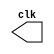
// ---------------------------
// -- test clock generator (2)
// ---------------------------

//`include "clock.v"

module clock ( clk );
 output clk;
 reg    clk;

 initial
  begin
   clk = 1'b0;
  end

 always
  begin
   #12 clk = ~clk;
  end
endmodule

module pulse ( signal, clock );
 input  clock;
 output signal;
 reg    signal;

 always @ ( posedge clock )
  begin
      signal = 1'b1;
  #4  signal = 1'b0;
  #4  signal = 1'b1;
  #4  signal = 1'b0;
  end
endmodule // pulse

module pulse2 ( signal, clock2 );
 input  clock2;
 output signal;
 reg    signal;

 always @ ( negedge clock2 )
  begin
      signal = 1'b1;
  #4  signal = 1'b0;
  #4  signal = 1'b1;
  #4  signal = 1'b0;  

  end
endmodule // pulse


module testclock01b;

 wire  clock;
 clock clk ( clock );


 wire  p1,t1,p2,t2;

 pulse   pulse1   ( p1, clock );
 pulse2   pulse2   ( p2, clock );



 initial begin
  $dumpfile ( "Exercicio04.vcd" );
  $dumpvars ( 1,p2, p1);

  #376 $finish;
 end

endmodule // testclock01b